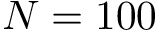
N = 1 0 0